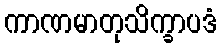
ကာဏမာတုသိက္ခာပဒံ